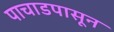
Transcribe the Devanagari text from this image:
पाचाडपासून